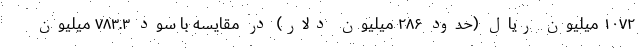
۱۰۷۲ میلیون ریال (حدود ۲۸۶ میلیون دلار) در مقایسه با سود ۷۸۳.۳ میلیون